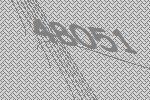
48051